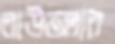
লাউতলার